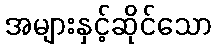
အများနှင့်ဆိုင်သော